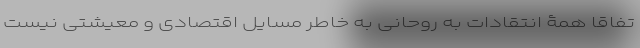
تفاقاً همۀ انتقادات به روحانی به خاطر مسایل اقتصادی و معیشتی نیست